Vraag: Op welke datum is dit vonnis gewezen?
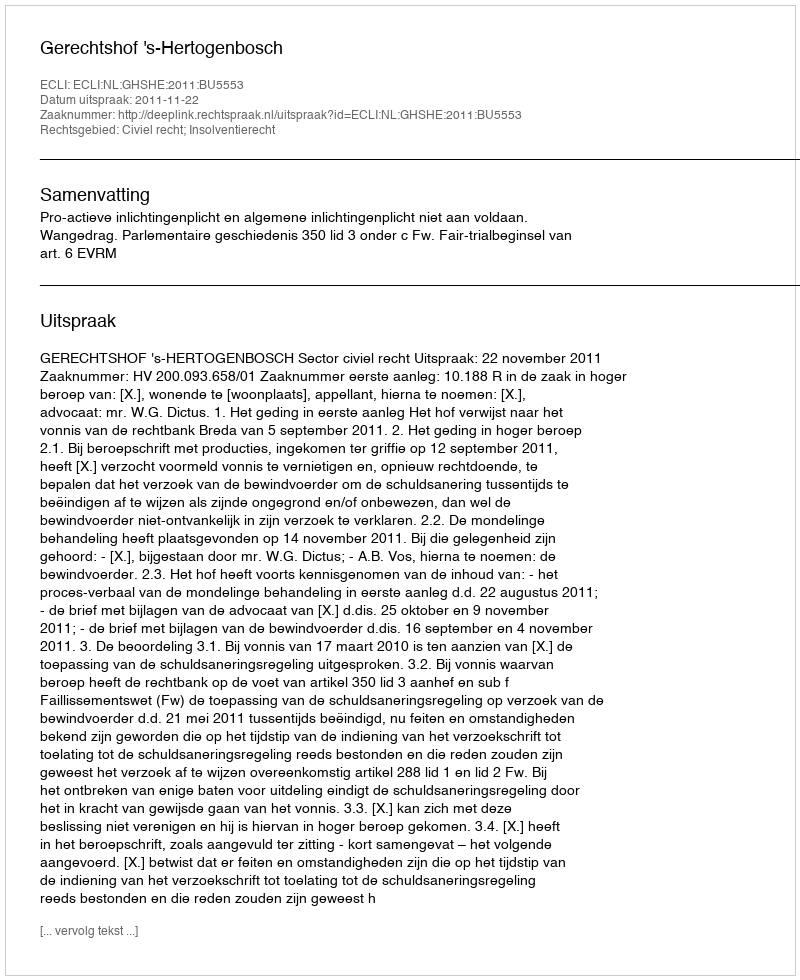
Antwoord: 2011-11-22